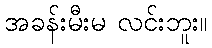
အခန်းမီးမ လင်းဘူး။